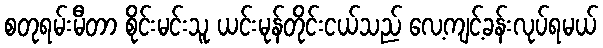
စတုရမ်းမီတာ စိုင်းမင်းသူ ယင်းမုန်တိုင်းငယ်သည် လေ့ကျင့်ခန်းလုပ်ရမယ်